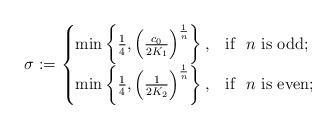
LaTeX: \begin{align*}\sigma:=\begin{cases}\min\left\{\frac{1}{4}, \left(\frac{c_0}{2K_1}\right)^{\frac{1}{n}}\right\},&\mbox{if }\,\, n\,\, \mbox{is odd}; \\\min\left\{\frac{1}{4}, \left(\frac{1}{2K_2}\right)^{\frac{1}{n}}\right\},&\mbox{if }\,\, n\,\, \mbox{is even};\end{cases}\end{align*}